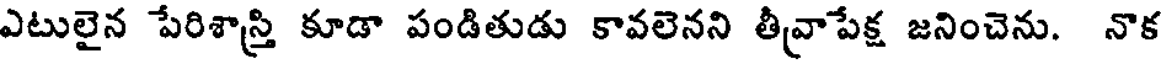
ఎటులైన పేరిశాస్త్రి కూడా పండితుడు కావలెనని తీవ్రాపేక్ష జనించెను. నొక